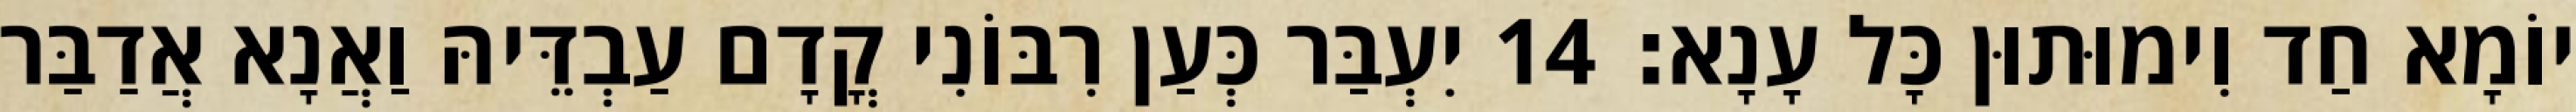
יוֹמָא חַד וִימוּתוּן כָּל עָנָא׃ 14 יִעְבַּר כְּעַן רִבּוֹנִי קֳדָם עַבְדֵּיהּ וַאֲנָא אֲדַבַּר